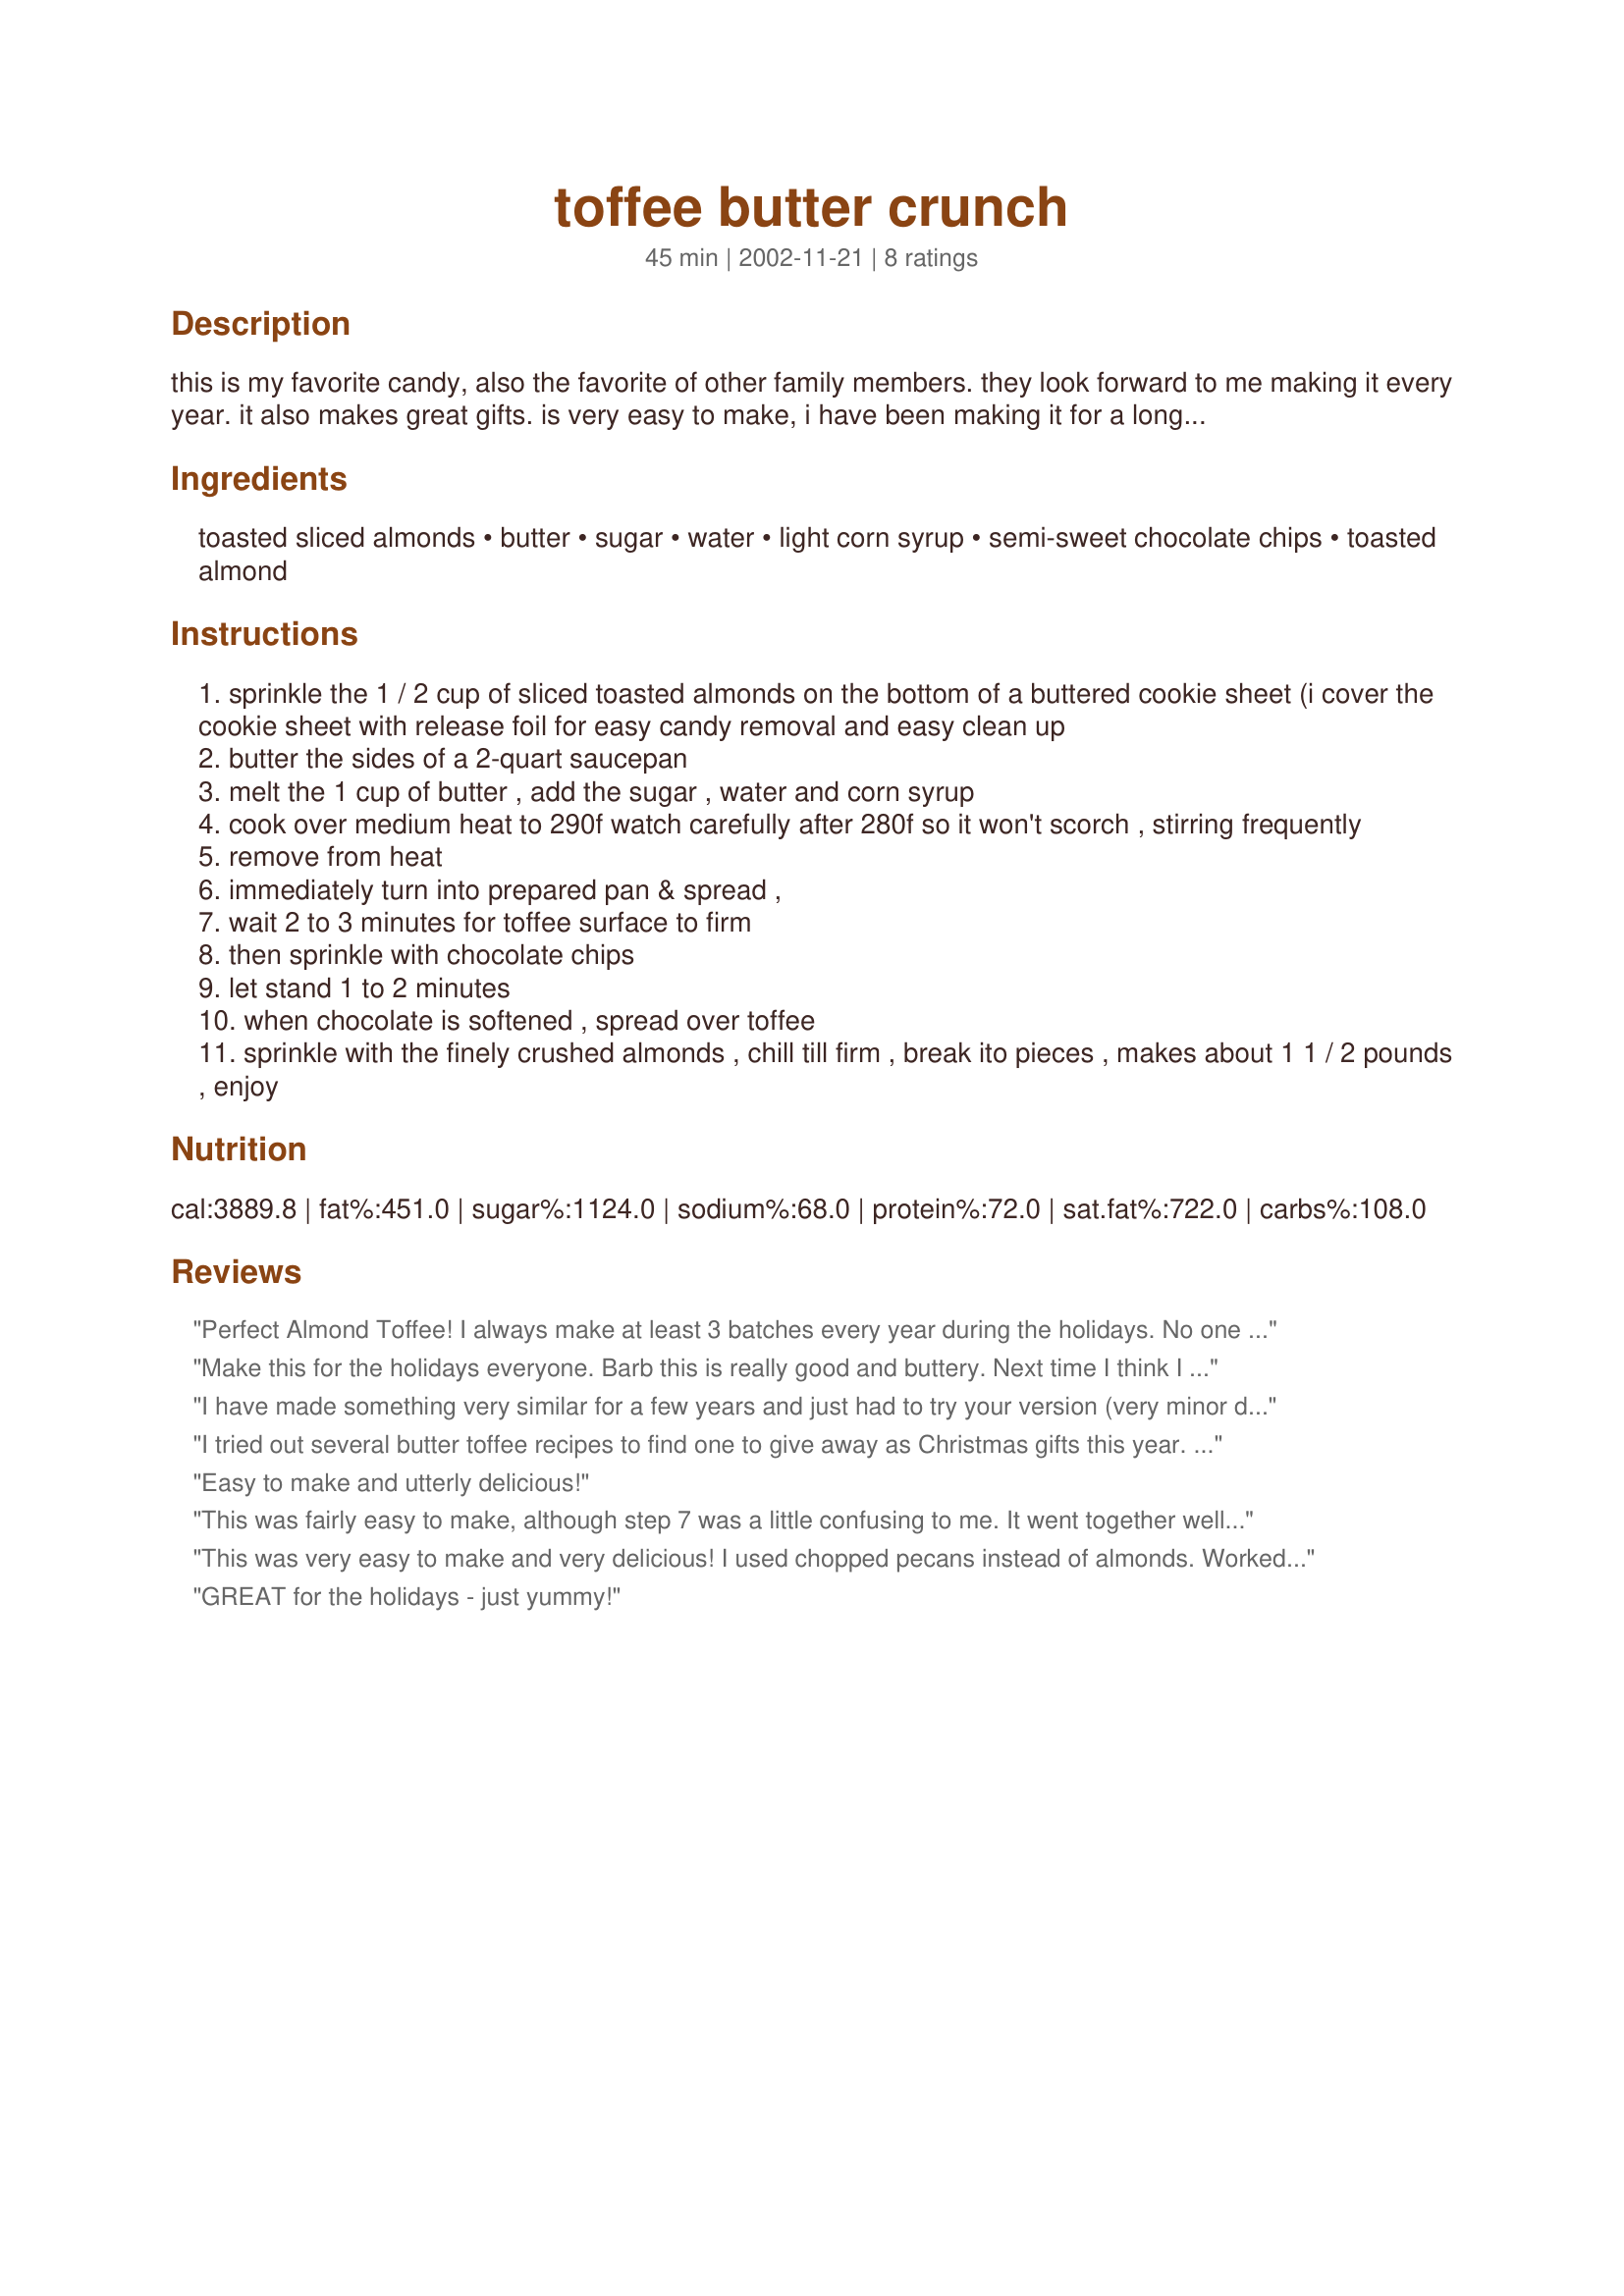
toffee butter crunch
Preparation time: 45 minutes

this is my favorite candy, also the favorite of other family members. they look forward to me making it every year. it also makes great gifts. is very easy to make, i have been making it for a long time. the recipe comes from one of my better homes and gardens cookbooks.

Ingredients:
toasted sliced almonds, butter, sugar, water, light corn syrup, semi-sweet chocolate chips, toasted almond

Steps:
sprinkle the 1 / 2 cup of sliced toasted almonds on the bottom of a buttered cookie sheet (i cover the cookie sheet with release foil for easy candy removal and easy clean up
butter the sides of a 2-quart saucepan
melt the 1 cup of butter , add the sugar , water and corn syrup
cook over medium heat to 290f watch carefully after 280f so it won't scorch , stirring frequently
remove from heat
immediately turn into prepared pan & spread ,
wait 2 to 3 minutes for toffee surface to firm
then sprinkle with chocolate chips
let stand 1 to 2 minutes
when chocolate is softened , spread over toffee
sprinkle with the finely crushed almonds , chill till firm , break ito pieces , makes about 1 1 / 2 pounds , enjoy

Reviews:
Perfect Almond Toffee! I always make at least 3 batches every year during the holidays. No one can stay out of it! I recommend using a pan larger than 9x9 as it needs more room to spread out. I used several different size pans this year and using the 9x9 pan made it too thick.
KCShell
Make this for the holidays everyone. Barb this is really good and buttery. Next time I think I will forgo the almonds on the bottom but thats only my personal preference. Thanks Barb for posting!
I have made something very similar for a few years and just had to try your version (very minor differences). Easy to make and just wonderful. Great for gifts - if there is any left! My DH's all time favorite for Christmas. I will be making lots more. Thanks for posting!
I tried out several butter toffee recipes to find one to give away as Christmas gifts this year. This one is by far the best of all! The toffee is buttery and crunchy, and the recipe is easy to make. The final temperature (290 f.) is much easier to reach without scorching than those that call for a 300 F. temp. I've now made batches of this with pecans, walnuts, and almonds, I've used milk chocolate and semi-sweet... all are delicious! Thanks for a great recipe... this one is going into the permanent file.
Easy to make and utterly delicious!
This was fairly easy to make, although step 7 was a little confusing to me. It went together well, smelled wonderful and even looked pretty.It is VERY sweet, though. All in all, it's a very nice recipe that makes a great holiday presentation. Thank you!
This was very easy to make and very delicious! I used chopped pecans instead of almonds. Worked wonderfully!
GREAT for the holidays - just yummy!
